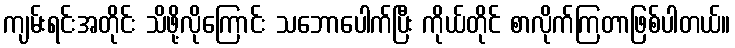
ကျမ်းရင်းအတိုင်း သိဖို့လိုကြောင်း သဘောပေါက်ပြီး ကိုယ်တိုင် စာလိုက်ကြတာဖြစ်ပါတယ်။